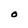
Character: o